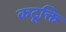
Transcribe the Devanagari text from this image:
कटूक्ति